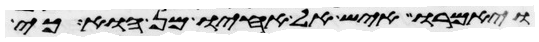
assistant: ויאמרו איש אל אחיו מן הוא כי